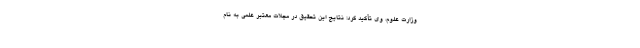
وزارت علوم، وی تأکید کرد: نتایج این تحقیق در مجلات معتبر علمی به نام